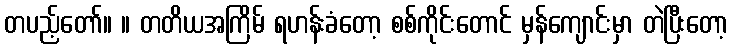
တပည့်တော်။ ။ တတိယအကြိမ် ရဟန်းခံတော့ စစ်ကိုင်းတောင် မှန်ကျောင်းမှာ တဲပြီးတော့